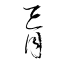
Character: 肓